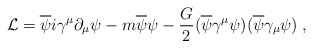
\begin{align*}{\cal L} = \overline{\psi}i\gamma^{\mu}\partial_{\mu}\psi - m\overline{\psi}\psi -\frac{G}{2}(\overline{\psi}\gamma^{\mu}\psi)(\overline{\psi}\gamma_{\mu}\psi)\; ,\end{align*}